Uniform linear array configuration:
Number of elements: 8
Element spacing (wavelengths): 0.75
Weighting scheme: blackman
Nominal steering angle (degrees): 15
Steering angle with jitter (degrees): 14.242
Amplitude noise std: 0.05
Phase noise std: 0.05

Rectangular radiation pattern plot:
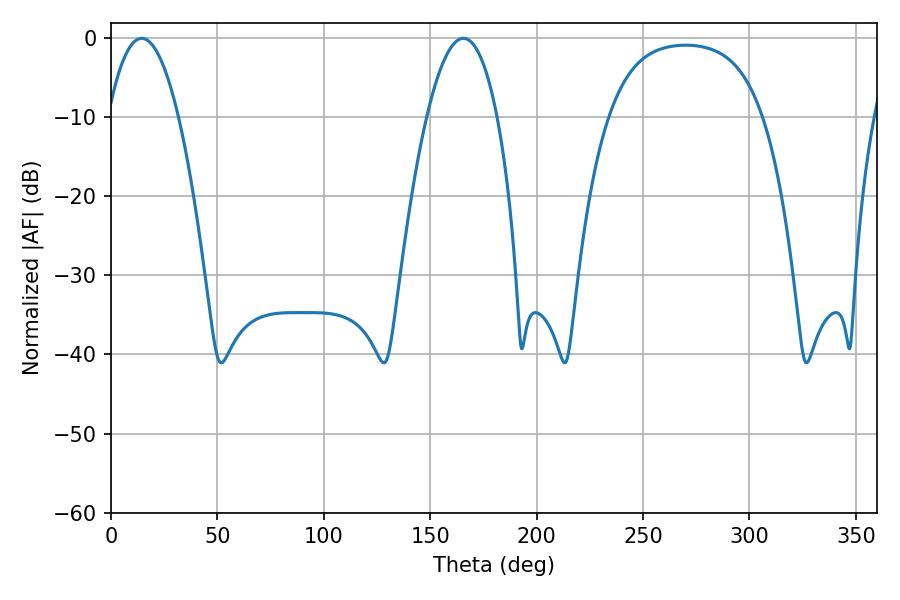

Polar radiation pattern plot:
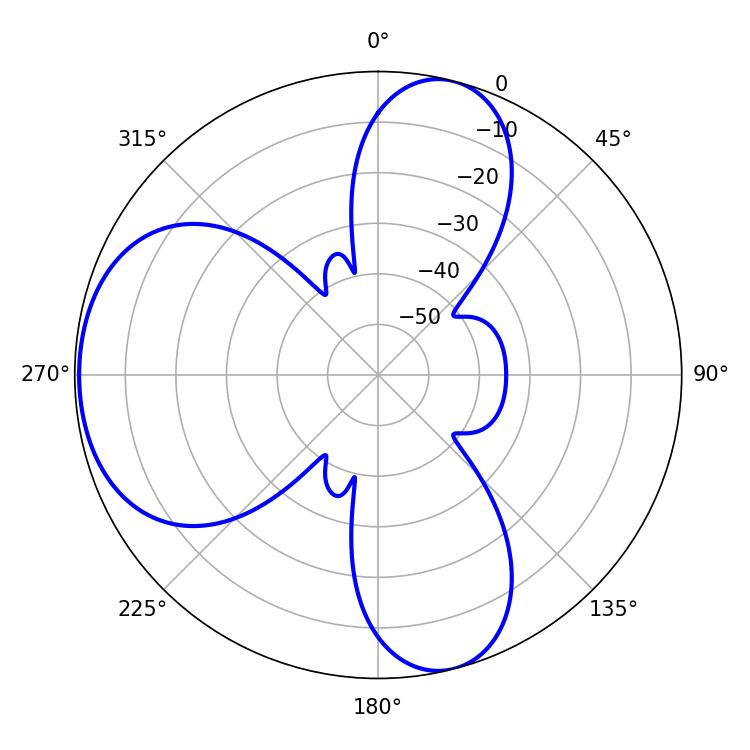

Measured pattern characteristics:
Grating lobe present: TRUE
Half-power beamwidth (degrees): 18.36
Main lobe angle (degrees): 14.4